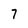
Character: 7